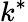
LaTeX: k^{*}